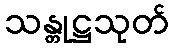
သန္တုဋ္ဌသုတ်